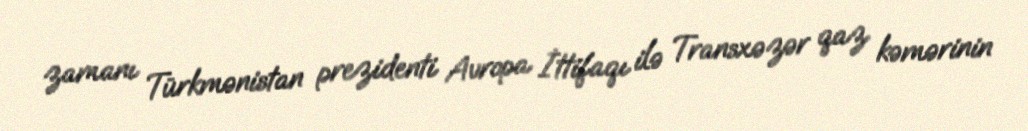
zamanı Türkmənistan prezidenti Avropa İttifaqı ilə Transxəzər qaz kəmərinin